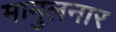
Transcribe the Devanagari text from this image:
मामुलनार